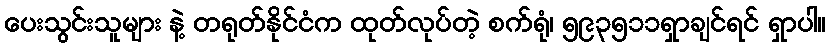
ပေးသွင်းသူများ နဲ့ တရုတ်နိုင်ငံက ထုတ်လုပ်တဲ့ စက်ရုံ၊ ၅၉၃၅၁၁ရှာချင်ရင် ရှာပါ။